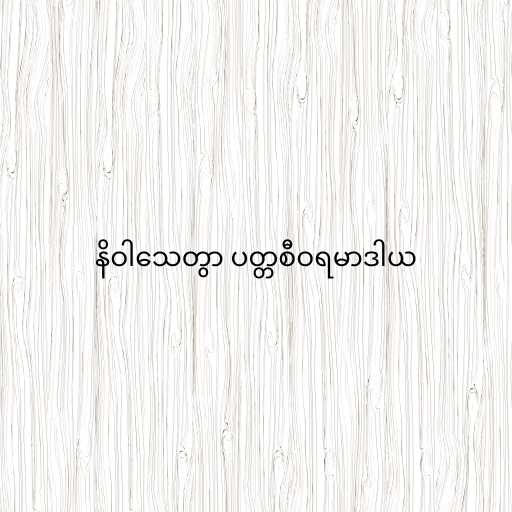
နိဝါသေတွာ ပတ္တစီဝရမာဒါယ